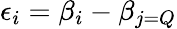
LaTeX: \epsilon_{i}=\beta_{i}-\beta_{j=Q}